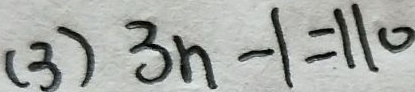
( 3 ) 3 n - 1 = 1 1 0